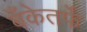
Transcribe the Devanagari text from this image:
बँकेतर्फे